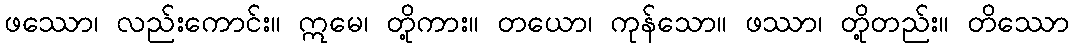
ဖဿော၊ လည်းကောင်း။ ဣမေ၊ တို့ကား။ တယော၊ ကုန်သော။ ဖဿာ၊ တို့တည်း။ တိဿော